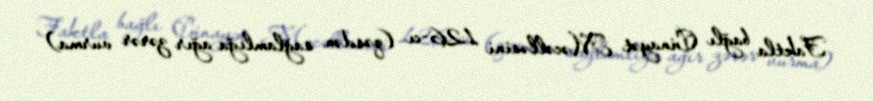
Faktla bağlı Cinayət Məcəlləsini 126-cı (qəsdən sağlamlığa ağır zərər vurma)